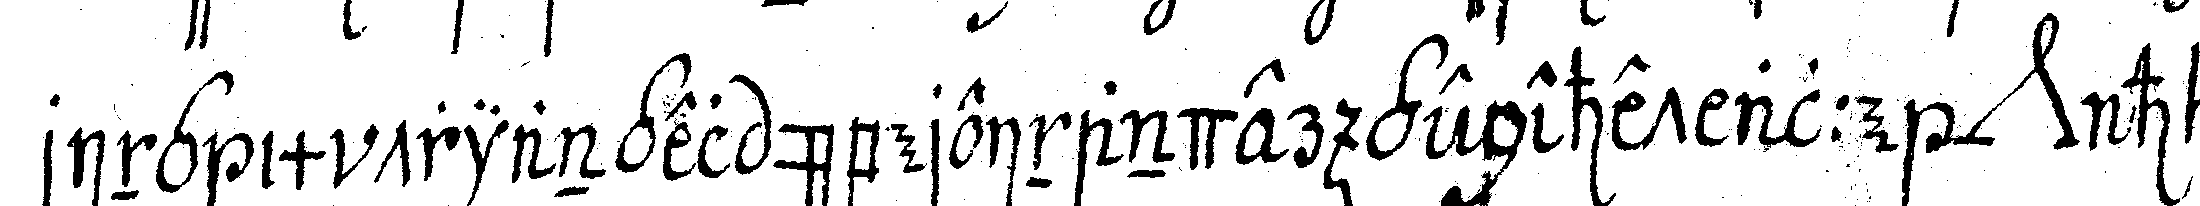
ring im triangel übereinander genehet alle *nee* ha